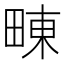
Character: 𤲚